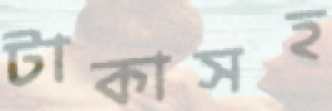
টাকাসহ